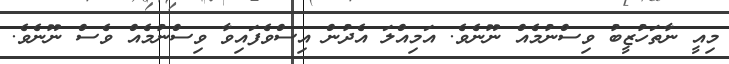
މިއީ ނާތަހުޒީބު ވިސްނުމެއް ނޫނެވެ. އަމިއްލަ އެދުން އިސްވެފައިވާ ވިސްނުމެއް ވެސް ނޫނެވެ.